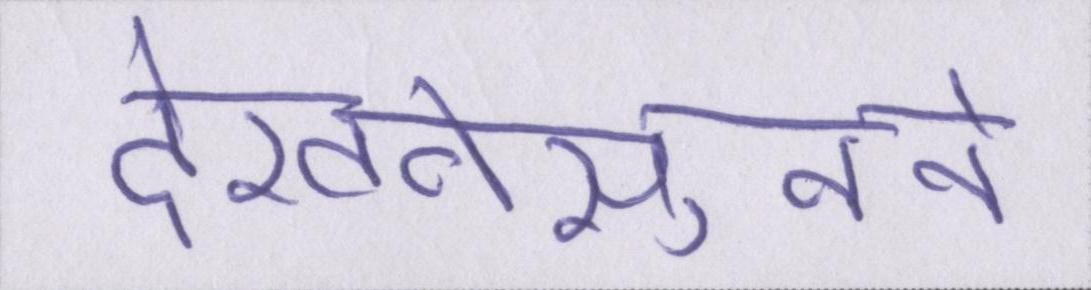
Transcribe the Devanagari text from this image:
देखनेसुनने